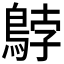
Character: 𲍠